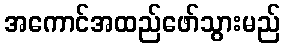
အကောင်အထည်ဖော်သွားမည်